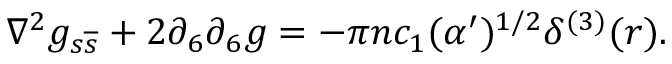
\nabla ^ { 2 } g _ { s \overline { { { s } } } } + 2 \partial _ { 6 } \partial _ { 6 } g = - \pi n c _ { 1 } ( \alpha ^ { \prime } ) ^ { 1 / 2 } \delta ^ { ( 3 ) } ( r ) .